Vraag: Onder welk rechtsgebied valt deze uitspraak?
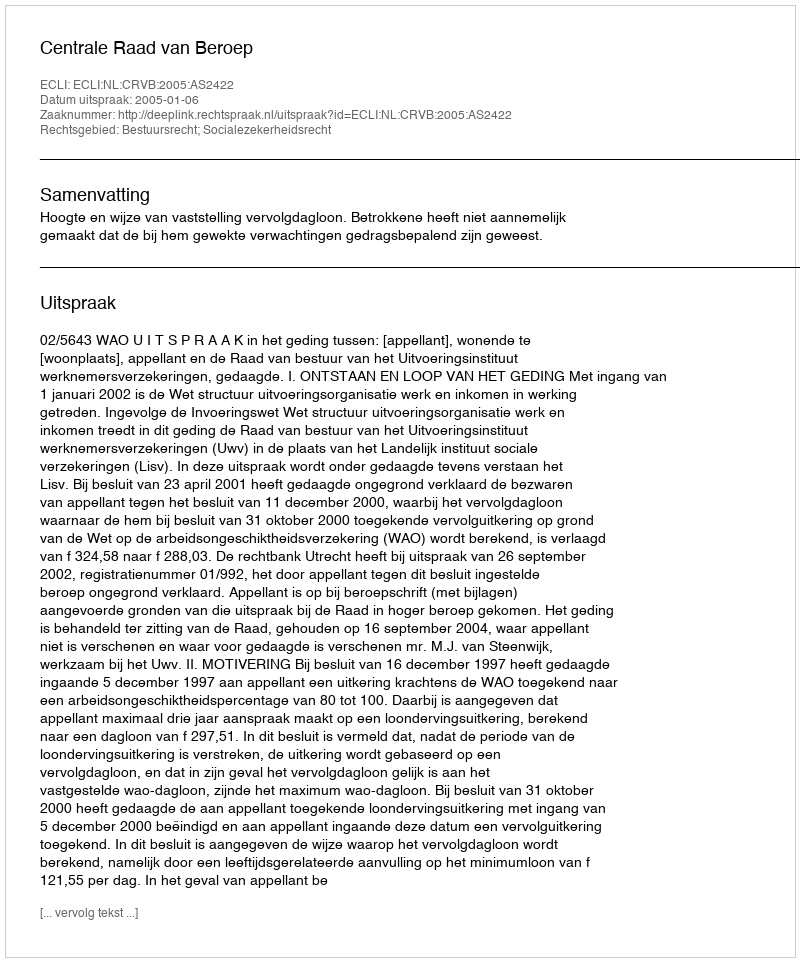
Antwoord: Bestuursrecht; Socialezekerheidsrecht